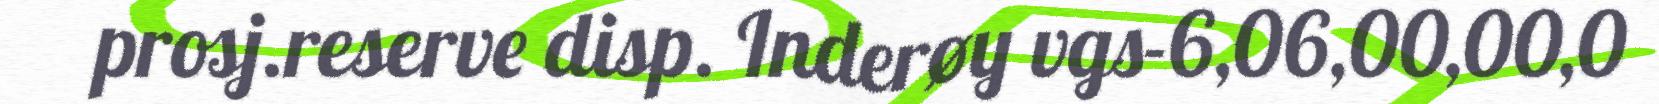
prosj.reserve disp. Inderøy vgs-6,06,00,00,0